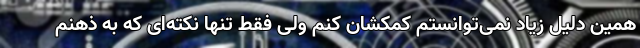
همین دلیل زیاد نمی‌توانستم کمکشان کنم ولی فقط تنها نکته‌ای که به ذهنم